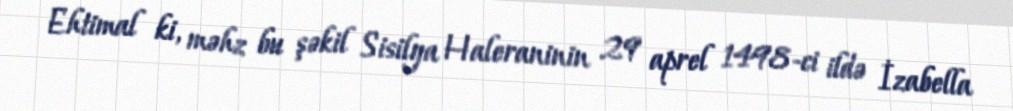
Ehtimal ki, məhz bu şəkil Sisilya Haleraninin 29 aprel 1498-ci ildə İzabella